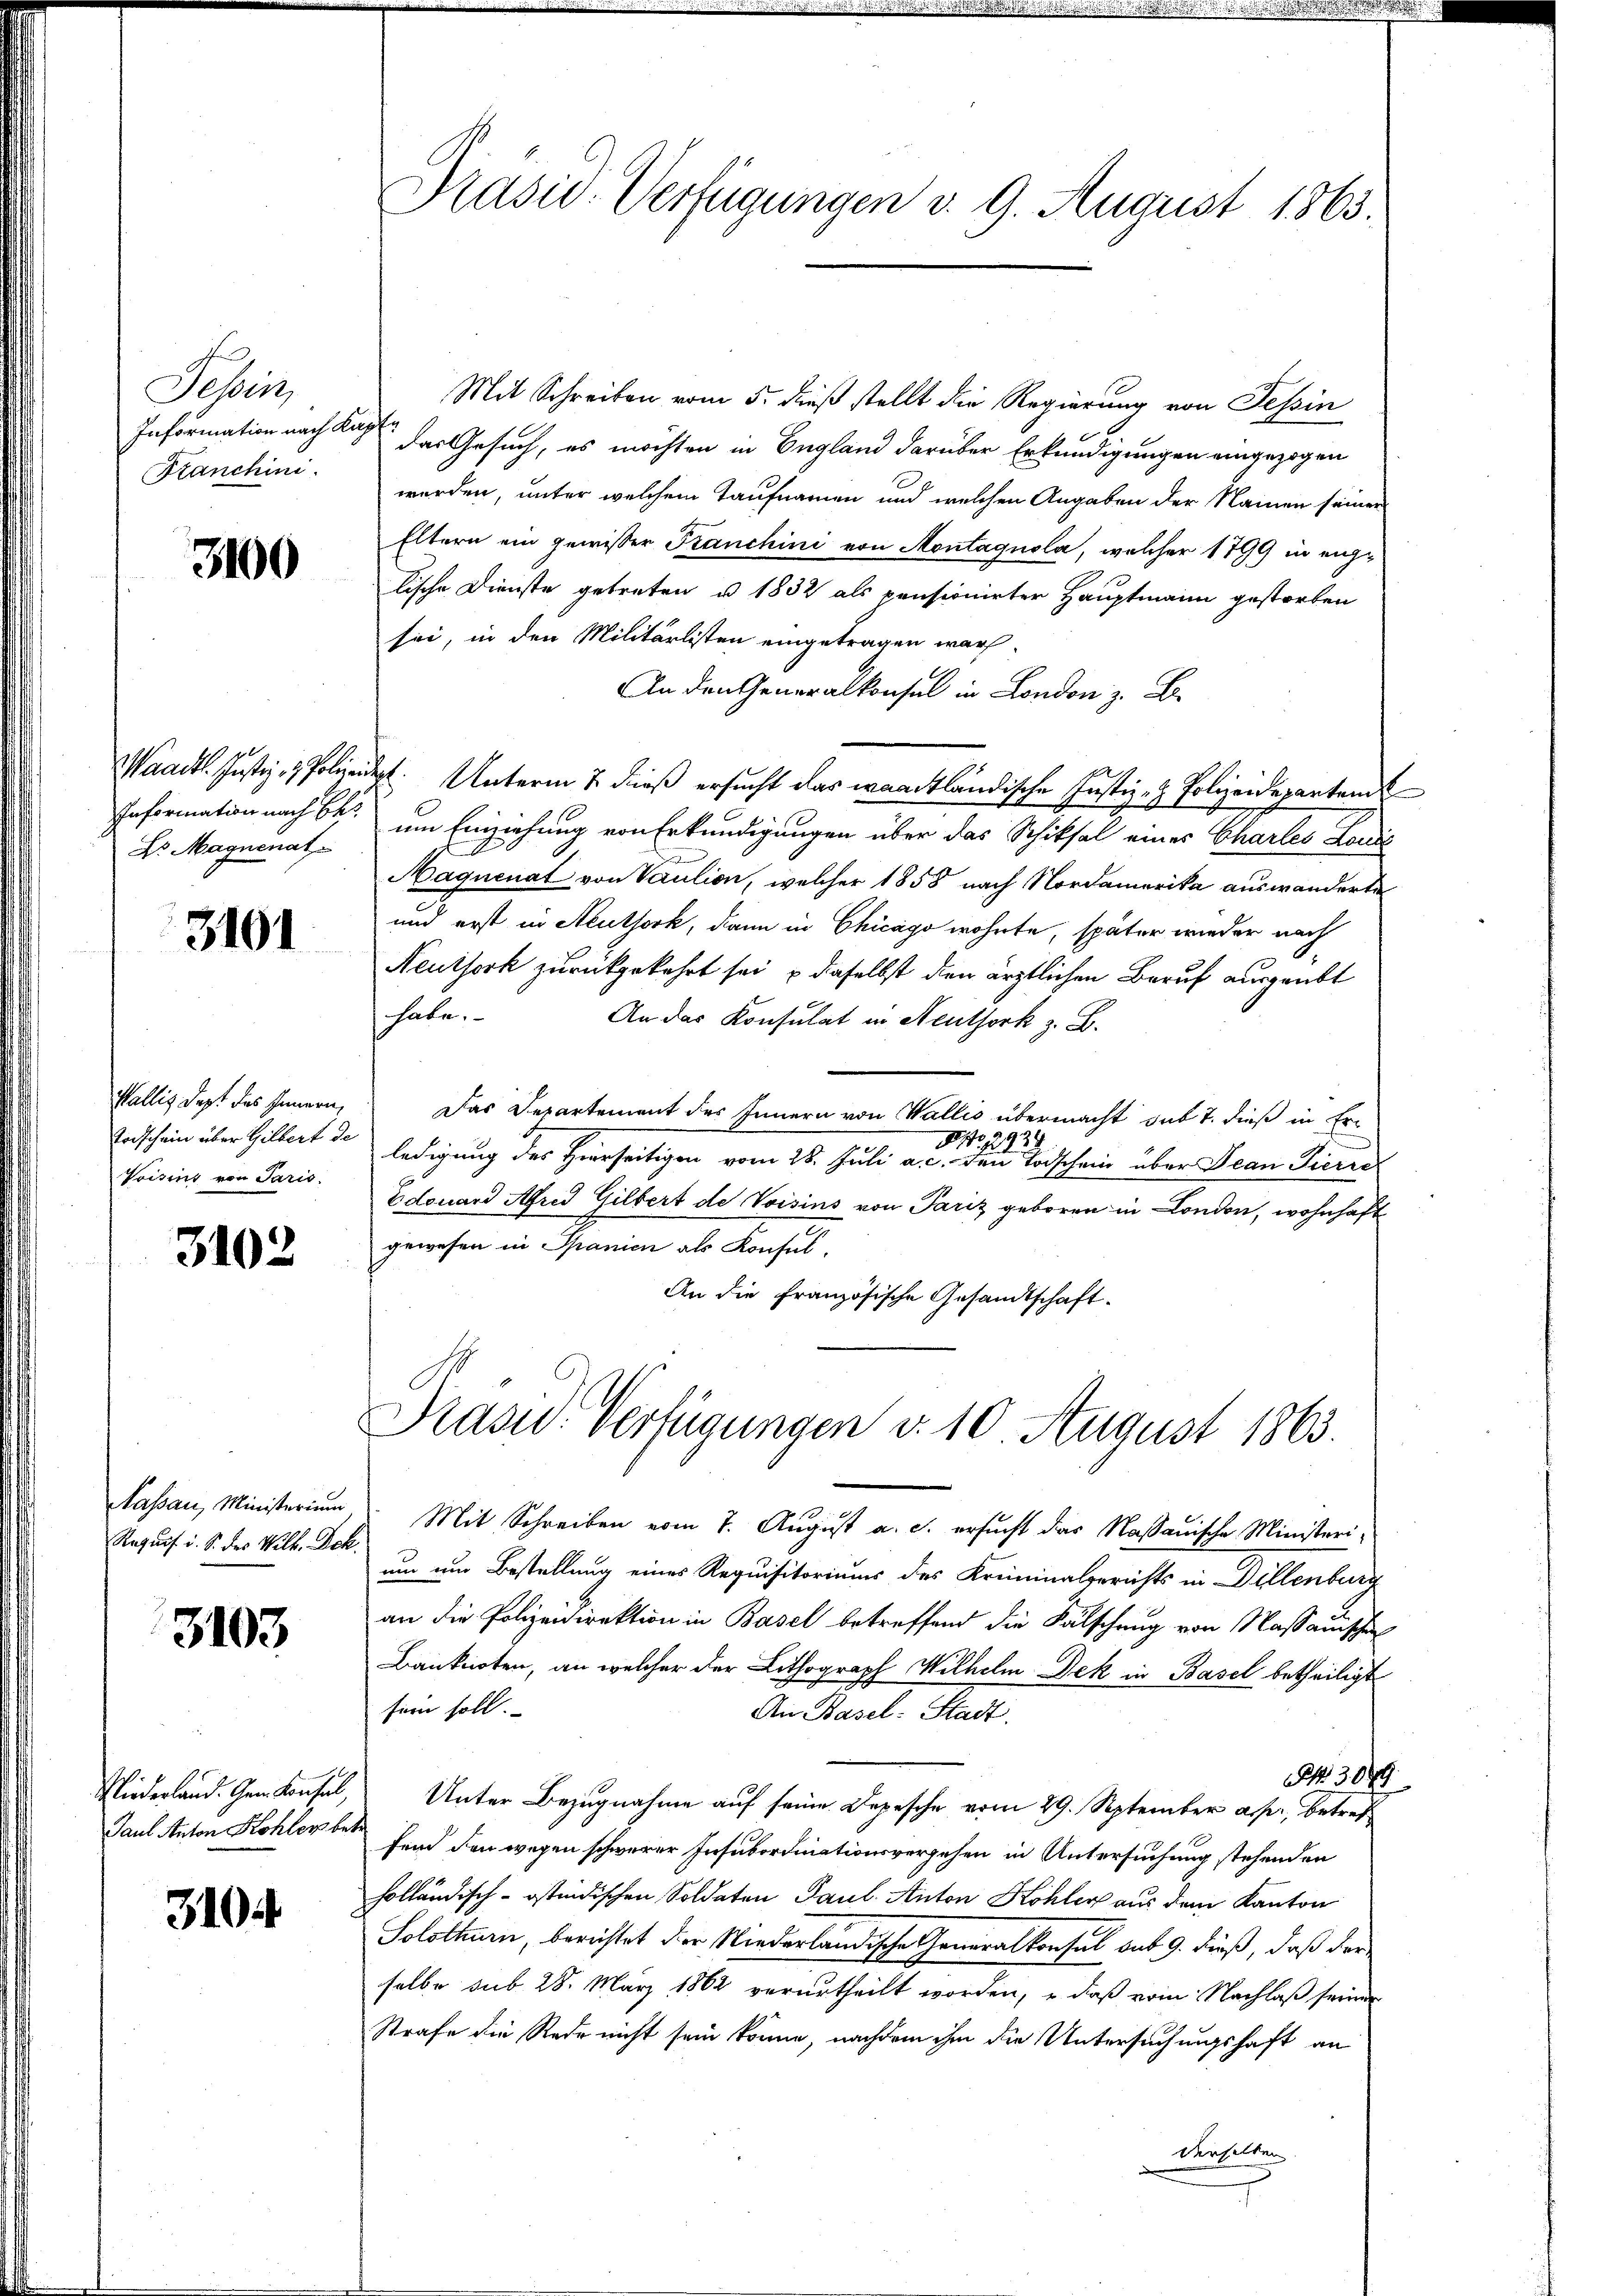
Febert
Information nach K
Kanchini.

3100

Waadt. Justiz- & Policen
Information nach Eh
Dr Magnenat

3101

Wallis dest des Innern,
Todschein über Gilbert de
Voisins von Paris.

3102

Kassau, Ministerium
Requis i. S. des Wilk. Eck

3103

Niederland. Gem Konsul,
Paul Anton Kohler betr

3104

Präsid. Verfügungen v. 9. August 1863.

Mit Schreiben vom 5. dieß stellt die Regierung von Tessin
i
das Gesuch, es möchten in England darüber Erkundigungen eingezogen
werden, unter welchem Taufnamen und welchen Angaben der Namen seiner
Eltern ein gewisser Kranchini von Montagnola, welcher 1799 in eiglische Dienste getreten u. 1832 als pensionirter Hauptmann gestorben
sei, in den Militärlisten eingetragen warf.
An den Generalkonsul in London z. B.

dig. Unterm 2 dieß ersucht das waadtländische Justiz- & Polizeidepartem
 um Einziehung von Erkundigungen über das Schiksal eines Chartes Louis
Maquenat von Paulion, welcher 1858 nach Nordamerika auswanderte
und erst in Aeuthork, dann in Chicago wohnte, später wieder nach
Neuthork zurückgekehrt sei, u daselbst den ärztlichen Beruf ausgeübt
habe.
An das Konsulat in Neuthork z. B.
Das Departement des Innern von Wallis übermacht sub 7. dieß in Er¬
129
No. 2
ledigung des Hierseitigen vom 28. Juli a. c. den Todschein über Jean Pierre
Edouard Afred Gilbert de Voisins von Pariz geboren in London, wohnhaft
gewesen in Schanien als Konsul
An die Französische Gesandtschaft.
Präsid. Verfügungen d. 10 August 1863.
Mit Schreiben vom 7. August a. c. ersucht das Nassauische Ministerium um Bestellung eines Requisitoriums des Kreiminalgerichts in Willenburg
an die Polizeidirektion in Basel betreffend die Fälschung von Massauischen
Banknoten, an welcher der Lithograph Wilhelm Dek in Basel betheiligt
sein soll.
An Basel. Stadt.
NR. 3079.
Unter Bezugnahme auf seine Depesche vom 29. September a. p., betref
fend den wegen schwerer Insubordinationsvergehen in Untersuchung stehenden
holländisch-ostindischen Soldaten Paul Anton Kohler aus dem Kanton
Solothurn, berichtet der Niederländische Generalkonsul sub 9. dieß, daß derselbe sub 28. März 1862 verurtheilt worden, daß vom Nachlaß seiner
Strafe die Rede nicht sein könne, nachdem ihm die Untersuchungshaft an
derselben